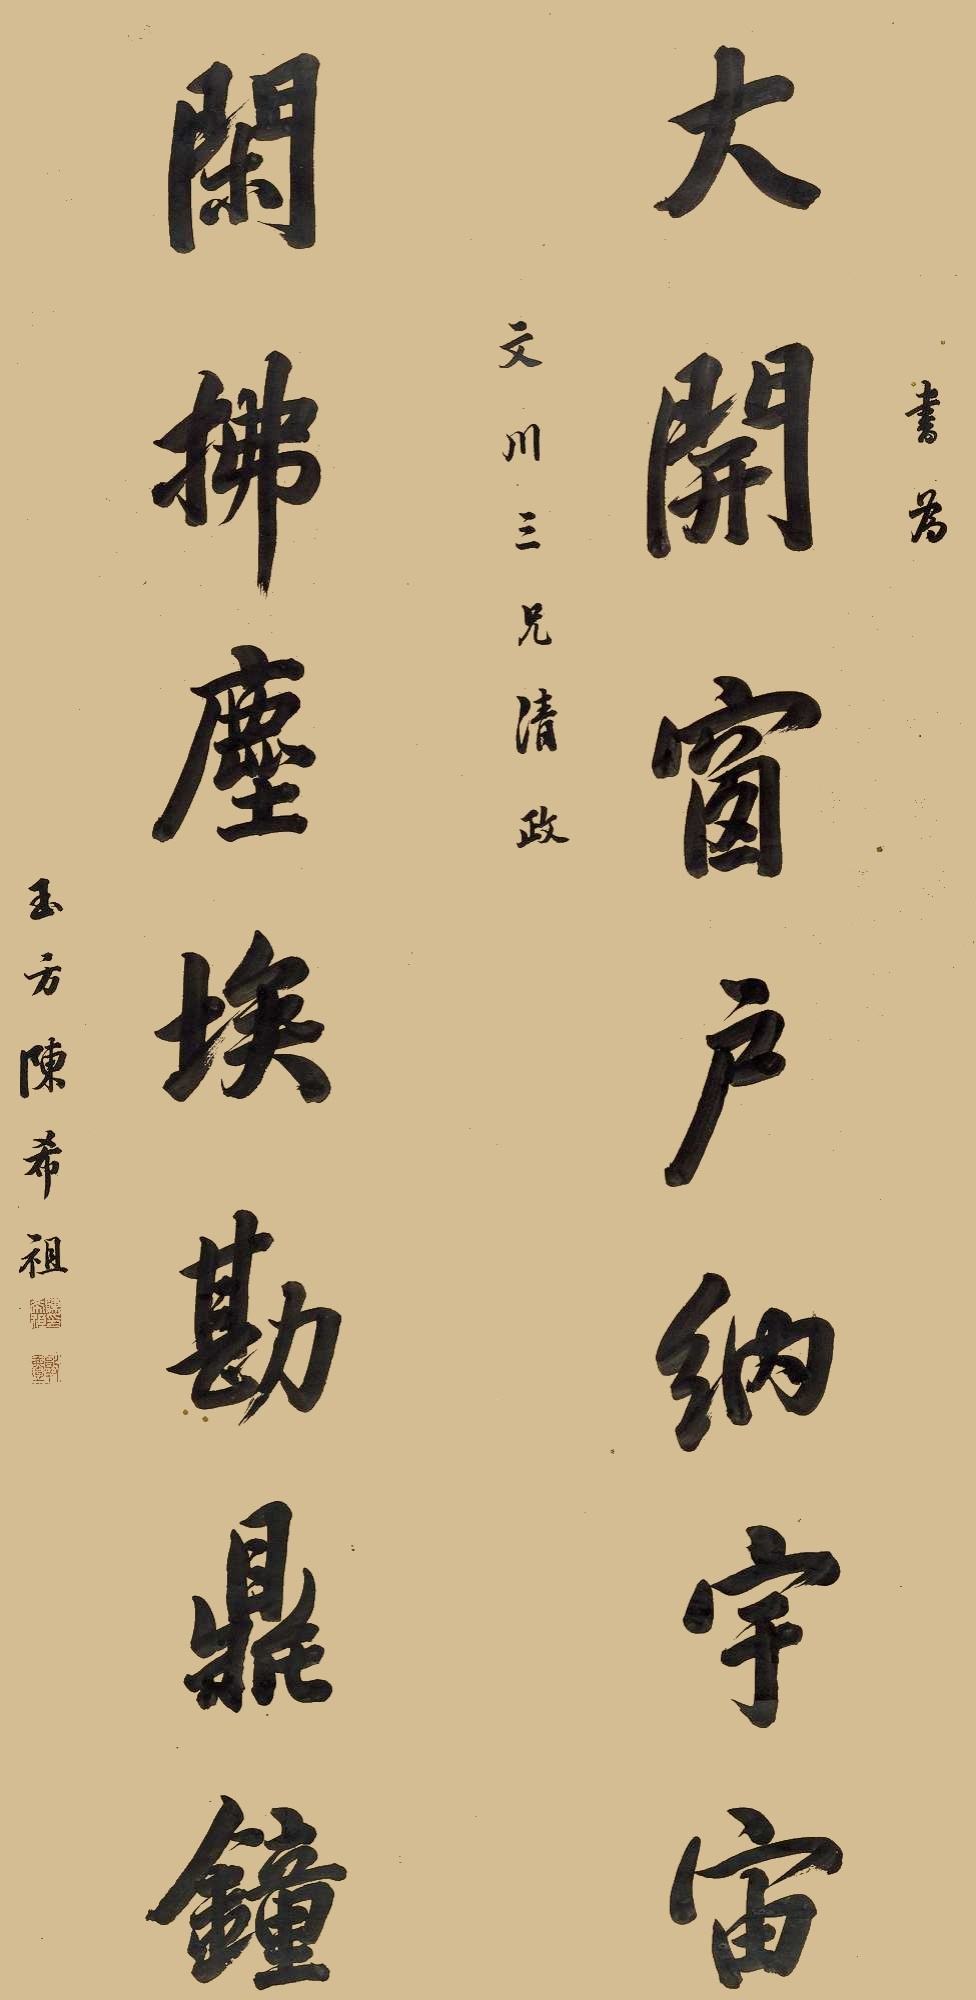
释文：大开窗户纳宇宙，闲拂尘埃勘鼎锺。书为文川三兄清正。玉方陈希祖。